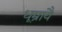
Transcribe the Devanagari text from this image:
धूम्रायै